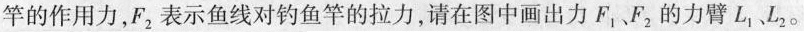
竿的作用力，F_{2}表示鱼线对钓鱼竿的拉力，请在图中画出力F_{1}、F_{2}的力臂L_{1}、L_{2}。